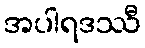
အပါရဒဿီ